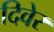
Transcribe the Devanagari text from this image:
दिवेर